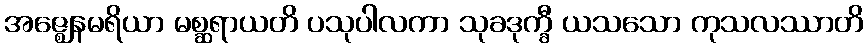
အဇ္ဈေနမရိယာ မစ္ဆရာယတိ ပသုပါလကာ သုခဒုက္ခီ ယသသော ကုသလဿာတိ